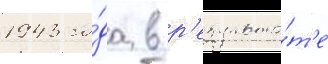
1943 го́да в р'езульта́т'е